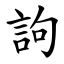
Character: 訽